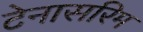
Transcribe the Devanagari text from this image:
टेनासरिम